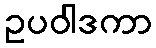
ဥပဝါဒကာ